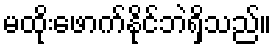
မထိုးဖောက်နိုင်ဘဲရှိသည်။